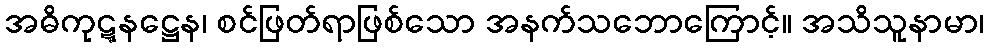
အဓိကုဋ္ဋနဋ္ဌေန၊ စင်ဖြတ်ရာဖြစ်သော အနက်သဘောကြောင့်။ အသိသူနာမာ၊